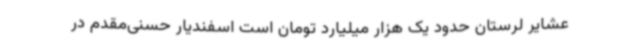
عشایر لرستان حدود یک هزار میلیارد تومان است اسفندیار حسنی‌مقدم در